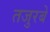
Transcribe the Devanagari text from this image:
तजुरबे